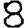
Digit: 8